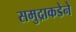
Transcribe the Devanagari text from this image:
समुद्राकडेने